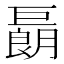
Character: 𢀬